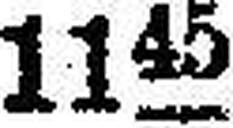
1145